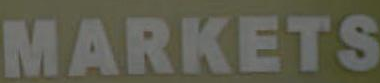
MARKETS